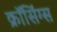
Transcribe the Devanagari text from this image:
क्रॉसिंग्स